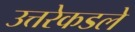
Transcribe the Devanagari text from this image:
उत्तरेकडले